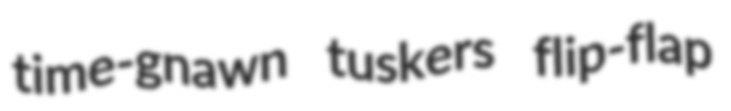
time-gnawn tuskers flip-flap